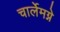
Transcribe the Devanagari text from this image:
चार्लेमग्ने